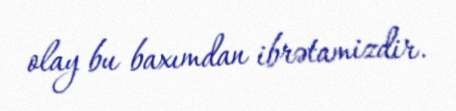
olay bu baxımdan ibrətamizdir.